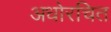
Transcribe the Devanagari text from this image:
अधोरचित